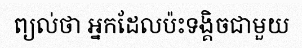
ព្យល់ថា អ្នកដែលប៉ះទង្គិចជាមួយ